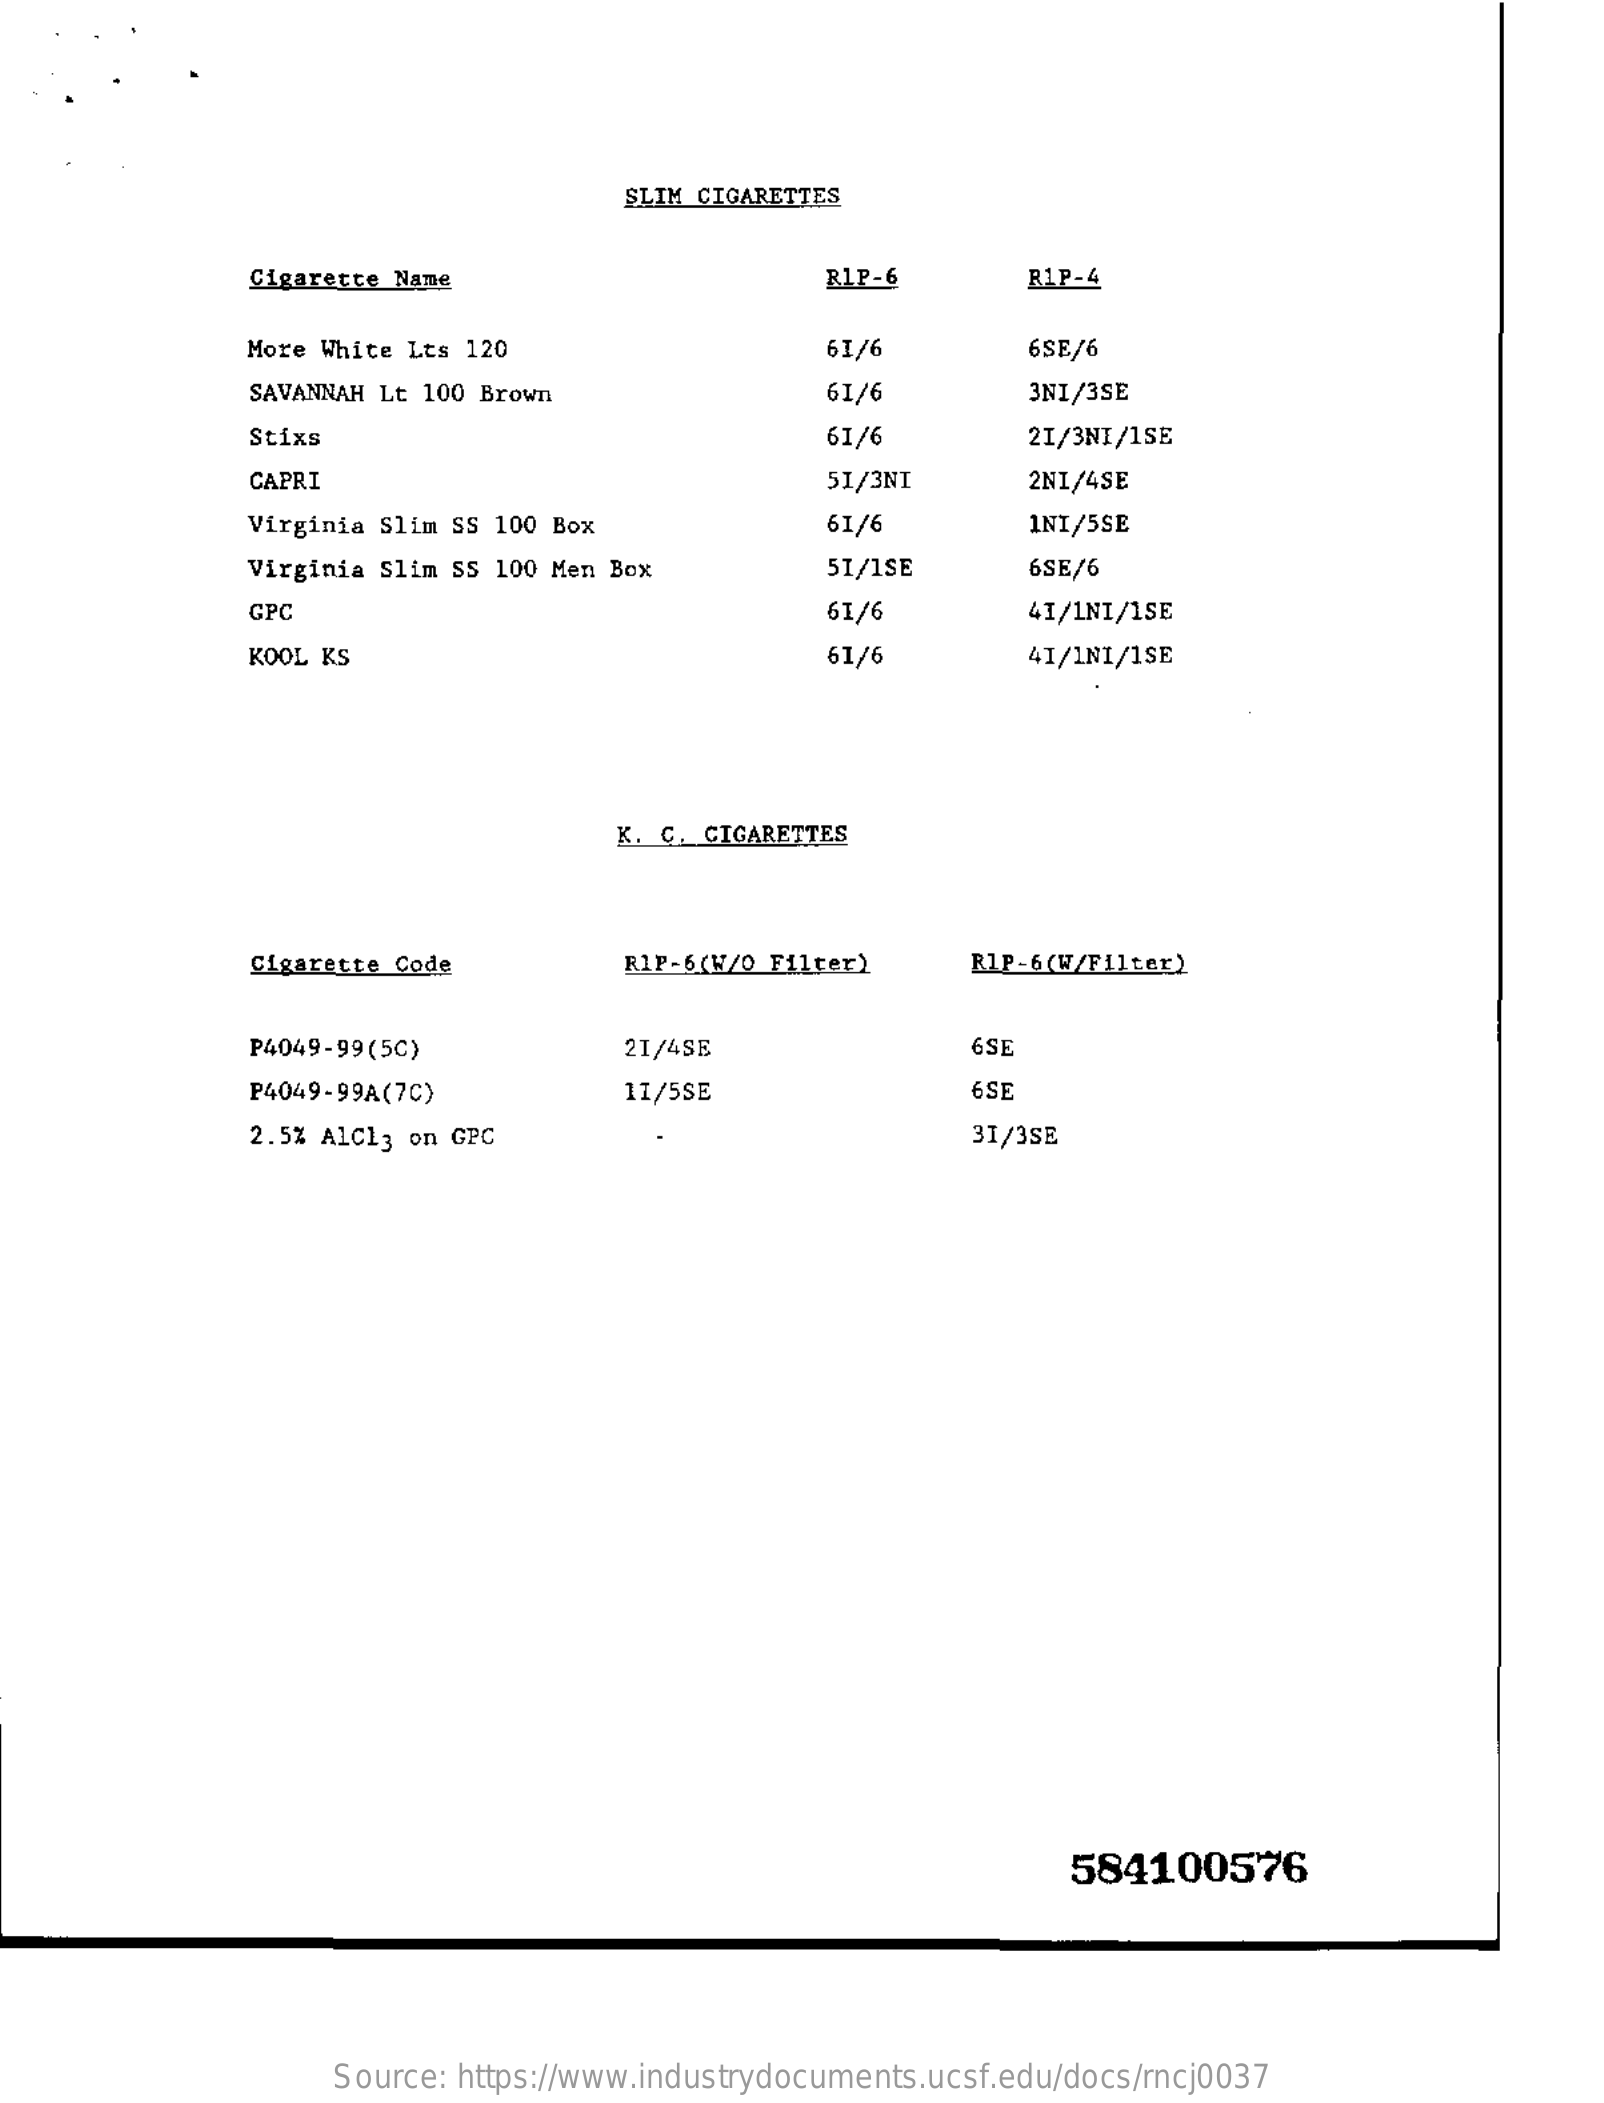
SLIM CIGARETTES
     Cigarette Name    RIP-6    R1P-4
     More White Lts 120    61/6    6SE/6
     SAVANNAH Lt 100 Brown    61/6    3NI/3SE
     Stixs    61/6    21/3NI/1SE
     CAPRI    51/3NI    2NI/4SE
     Virginia Slim SS 100 Box    61/6    1NI/5SE
     Virginia Slim SS 100 Men Box    51/1SE    6SE/6
     GPC    61/6    41/1NI/1SE
     KOOL KS    61/6    41/1NI/1SE
     K. C. CIGARETTES
     Cigarette Code    RIP-6(W/0 Filter)    RIP-6(W/Filter)
     P4049-99(5C)    21/4SE    6SE
     P4049-99A(7C)    11/5SE    6SE
     2.5% AlC13 on GPC    31/3SE
     584100576
     Source: https://www.industrydocuments.ucsf.edu/docs/rncj0037